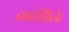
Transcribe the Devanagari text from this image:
तहसिले